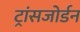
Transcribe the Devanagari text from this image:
ट्रांसजोर्डन